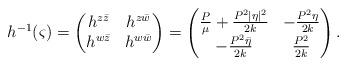
LaTeX: \begin{align*}h^{-1}(\varsigma)= \left(\begin{matrix}h^{z\bar{z}}& h^{z\bar{w}}\\h^{w\bar{z}}&h^{w\bar{w}}\end{matrix}\right) = \left(\begin{matrix} \frac{P}{\mu}+\frac{P^2|\eta|^2}{2k} & -\frac{P^2\eta}{2k} \\-\frac{P^2\bar{\eta}}{2k} & \frac{P^2}{2k}\end{matrix}\right).\end{align*}